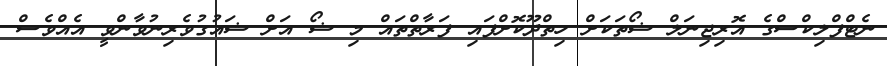
ނެޓްފްލިކްސްގެ އޮރިޖިނަލް ޝޯތަކަށް ހިތްދޫކޮށްފައި ފަރާތްތައް މި ޝޯ އަށް ޝައުގުވެރިނުވާންވީ އެއްވެސް